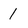
Character: 1